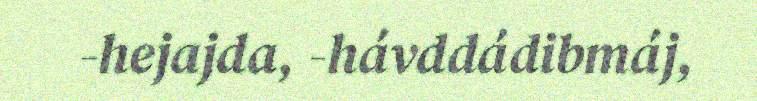
-hejajda, -hávddádibmáj,